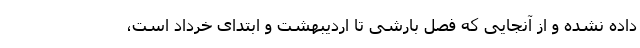
داده نشده و از آنجایی که فصل بارشی تا اردیبهشت و ابتدای خرداد است،